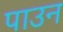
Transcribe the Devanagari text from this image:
पाउन